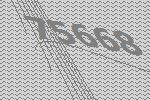
75668